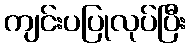
ကျင်းပပြုလုပ်ပြီး